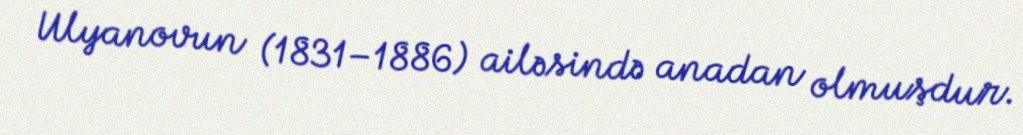
Ulyanovun (1831–1886) ailəsində anadan olmuşdur.